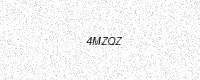
Text: 4MZQZ